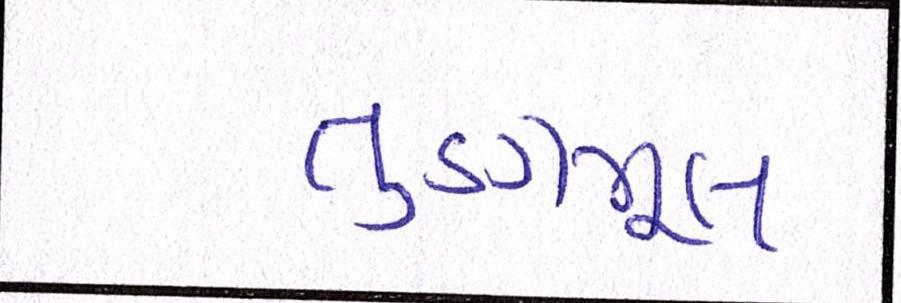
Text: તૃણમૂલ